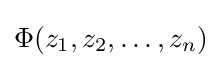
\Phi (z_{1},z_{2},\ldots ,z_{n})